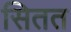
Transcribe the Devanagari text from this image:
सितत